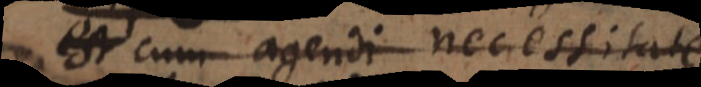
quid cum agendi necessitate